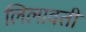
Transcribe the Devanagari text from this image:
लिलावती